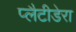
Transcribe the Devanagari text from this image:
प्लैटीडेरा